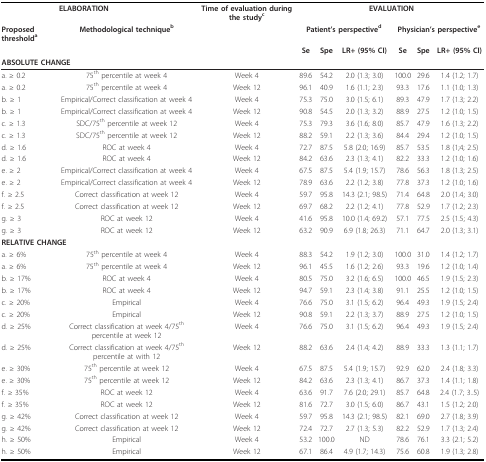
<table><thead><tr><td></td><td><b>ELABORATION</b></td><td><b>Time of evaluation during the study<sup>c</sup></b></td><td colspan="6"><b>EVALUATION</b></td></tr><tr><td><b>Proposed threshold<sup>a</sup></b></td><td><b>Methodological technique<sup>b</sup></b></td><td></td><td colspan="3"><b>Patient&#x27;s perspective<sup>d</sup></b></td><td colspan="3"><b>Physician&#x27;s perspective<sup>e</sup></b></td></tr><tr><td></td><td></td><td></td><td><b>Se</b></td><td><b>Spe</b></td><td><b>LR+ (95% CI)</b></td><td><b>Se</b></td><td><b>Spe</b></td><td><b>LR+ (95% CI)</b></td></tr><tr><td colspan="9"><b>ABSOLUTE CHANGE</b></td></tr></thead><tbody><tr><td>a. ≥ 0.2</td><td>75<sup>th </sup>percentile at week 4</td><td>Week 4</td><td>89.6</td><td>54.2</td><td>2.0 (1.3; 3.0)</td><td>100.0</td><td>29.6</td><td>1.4 (1.2; 1.7)</td></tr><tr><td>a. ≥ 0.2</td><td>75<sup>th </sup>percentile at week 4</td><td>Week 12</td><td>96.1</td><td>40.9</td><td>1.6 (1.1; 2.3)</td><td>93.3</td><td>17.6</td><td>1.1 (1.0; 1.3)</td></tr><tr><td>b. ≥ 1</td><td>Empirical/Correct classification at week 4</td><td>Week 4</td><td>75.3</td><td>75.0</td><td>3.0 (1.5; 6.1)</td><td>89.3</td><td>47.9</td><td>1.7 (1.3; 2.2)</td></tr><tr><td>b. ≥ 1</td><td>Empirical/Correct classification at week 4</td><td>Week 12</td><td>90.8</td><td>54.5</td><td>2.0 (1.3; 3.2)</td><td>88.9</td><td>27.5</td><td>1.2 (1.0; 1.5)</td></tr><tr><td>c. ≥ 1.3</td><td>SDC/75<sup>th </sup>percentile at week 12</td><td>Week 4</td><td>75.3</td><td>79.3</td><td>3.6 (1.6; 8.0)</td><td>85.7</td><td>47.9</td><td>1.6 (1.3; 2.2)</td></tr><tr><td>c. ≥ 1.3</td><td>SDC/75<sup>th </sup>percentile at week 12</td><td>Week 12</td><td>88.2</td><td>59.1</td><td>2.2 (1.3; 3.6)</td><td>84.4</td><td>29.4</td><td>1.2 (1.0; 1.5)</td></tr><tr><td>d. ≥ 1.6</td><td>ROC at week 4</td><td>Week 4</td><td>72.7</td><td>87.5</td><td>5.8 (2.0; 16.9)</td><td>85.7</td><td>53.5</td><td>1.8 (1;4; 2.5)</td></tr><tr><td>d. ≥ 1.6</td><td>ROC at week 4</td><td>Week 12</td><td>84.2</td><td>63.6</td><td>2.3 (1.3; 4.1)</td><td>82.2</td><td>33.3</td><td>1.2 (1.0; 1.6)</td></tr><tr><td>e. ≥ 2</td><td>Empirical/Correct classification at week 4</td><td>Week 4</td><td>67.5</td><td>87.5</td><td>5.4 (1.9; 15.7)</td><td>78.6</td><td>56.3</td><td>1.8 (1.3; 2.5)</td></tr><tr><td>e. ≥ 2</td><td>Empirical/Correct classification at week 4</td><td>Week 12</td><td>78.9</td><td>63.6</td><td>2.2 (1.2; 3.8)</td><td>77.8</td><td>37.3</td><td>1.2 (1.0; 1.6)</td></tr><tr><td>f. ≥ 2.5</td><td>Correct classification at week 12</td><td>Week 4</td><td>59.7</td><td>95.8</td><td>14.3 (2.1; 98.5)</td><td>71.4</td><td>64.8</td><td>2.0 (1.4; 3.0)</td></tr><tr><td>f. ≥ 2.5</td><td>Correct classification at week 12</td><td>Week 12</td><td>69.7</td><td>68.2</td><td>2.2 (1.2; 4.1)</td><td>77.8</td><td>52.9</td><td>1.7 (1.2; 2.3)</td></tr><tr><td>g. ≥ 3</td><td>ROC at week 12</td><td>Week 4</td><td>41.6</td><td>95.8</td><td>10.0 (1.4; 69.2)</td><td>57.1</td><td>77.5</td><td>2.5 (1.5; 4.3)</td></tr><tr><td>g. ≥ 3</td><td>ROC at week 12</td><td>Week 12</td><td>63.2</td><td>90.9</td><td>6.9 (1.8; 26.3)</td><td>71.1</td><td>64.7</td><td>2.0 (1.3; 3.1)</td></tr><tr><td colspan="9"><b>RELATIVE CHANGE</b></td></tr><tr><td>a. ≥ 6%</td><td>75<sup>th </sup>percentile at week 4</td><td>Week 4</td><td>88.3</td><td>54.2</td><td>1.9 (1.2; 3.0)</td><td>100.0</td><td>31.0</td><td>1.4 (1.2; 1.7)</td></tr><tr><td>a. ≥ 6%</td><td>75<sup>th </sup>percentile at week 4</td><td>Week 12</td><td>96.1</td><td>45.5</td><td>1.6 (1.2; 2.6)</td><td>93.3</td><td>19.6</td><td>1.2 (1.0; 1.4)</td></tr><tr><td>b. ≥ 17%</td><td>ROC at week 4</td><td>Week 4</td><td>80.5</td><td>75.0</td><td>3.2 (1.6; 6.5)</td><td>100.0</td><td>46.5</td><td>1.9 (1.5; 2.3)</td></tr><tr><td>b. ≥ 17%</td><td>ROC at week 4</td><td>Week 12</td><td>94.7</td><td>59.1</td><td>2.3 (1.4; 3.8)</td><td>91.1</td><td>25.5</td><td>1.2 (1.0; 1.5)</td></tr><tr><td>c. ≥ 20%</td><td>Empirical</td><td>Week 4</td><td>76.6</td><td>75.0</td><td>3.1 (1.5; 6.2)</td><td>96.4</td><td>49.3</td><td>1.9 (1.5; 2.4)</td></tr><tr><td>c. ≥ 20%</td><td>Empirical</td><td>Week 12</td><td>90.8</td><td>59.1</td><td>2.2 (1.3; 3.7)</td><td>88.9</td><td>27.5</td><td>1.2 (1.0; 1.5)</td></tr><tr><td>d. ≥ 25%</td><td>Correct classification at week 4/75<sup>th </sup>percentile at week 12</td><td>Week 4</td><td>76.6</td><td>75.0</td><td>3.1 (1.5; 6.2)</td><td>96.4</td><td>49.3</td><td>1.9 (1.5; 2.4)</td></tr><tr><td>d. ≥ 25%</td><td>Correct classification at week 4/75<sup>th </sup>percentile at with 12</td><td>Week 12</td><td>88.2</td><td>63.6</td><td>2.4 (1.4; 4.2)</td><td>88.9</td><td>33.3</td><td>1.3 (1.1; 1.7)</td></tr><tr><td>e. ≥ 30%</td><td>75<sup>th </sup>percentile at week 12</td><td>Week 4</td><td>67.5</td><td>87.5</td><td>5.4 (1.9; 15.7)</td><td>92.9</td><td>62.0</td><td>2.4 (1.8; 3.3)</td></tr><tr><td>e. ≥ 30%</td><td>75<sup>th </sup>percentile at week 12</td><td>Week 12</td><td>84.2</td><td>63.6</td><td>2.3 (1.3; 4.1)</td><td>86.7</td><td>37.3</td><td>1.4 (1.1; 1.8)</td></tr><tr><td>f. ≥ 35%</td><td>ROC at week 12</td><td>Week 4</td><td>63.6</td><td>91.7</td><td>7.6 (2.0; 29.1)</td><td>85.7</td><td>64.8</td><td>2.4 (1.7; 3..5)</td></tr><tr><td>f. ≥ 35%</td><td>ROC at week 12</td><td>Week 12</td><td>81.6</td><td>72.7</td><td>3.0 (1.5; 6.0)</td><td>86.7</td><td>43.1</td><td>1.5 (1.2; 2.0)</td></tr><tr><td>g. ≥ 42%</td><td>Correct classification at week 12</td><td>Week 4</td><td>59.7</td><td>95.8</td><td>14.3 (2.1; 98.5)</td><td>82.1</td><td>69.0</td><td>2.7 (1.8; 3.9)</td></tr><tr><td>g. ≥ 42%</td><td>Correct classification at week 12</td><td>Week 12</td><td>72.4</td><td>72.7</td><td>2.7 (1.3; 5.3)</td><td>82.2</td><td>52.9</td><td>1.7 (1.3; 2.4)</td></tr><tr><td>h. ≥ 50%</td><td>Empirical</td><td>Week 4</td><td>53.2</td><td>100.0</td><td>ND</td><td>78.6</td><td>76.1</td><td>3.3 (2.1; 5.2)</td></tr><tr><td>h. ≥ 50%</td><td>Empirical</td><td>Week 12</td><td>67.1</td><td>86.4</td><td>4.9 (1.7; 14.3)</td><td>75.6</td><td>60.8</td><td>1.9 (1.3; 2.8)</td></tr></tbody></table>